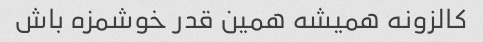
کالزونه همیشه همین قدر خوشمزه باش